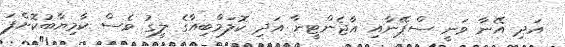
އަދި އޭނާ ވަނީ ސްޕޭނާއި އާޖެންޓީނާ އަދި ކޮލަމްބިއާގެ ލީގު ވެސް ކާމިޔާބުކޮށްފަ